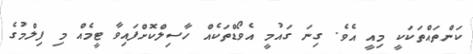
ކަންތައްތަކަކީ މިއީ އެވެ. ގިނަ ގައުމީ އެވޯޑްތަކެއް ހާސިލްކޮށްފައިވާ ޓީމެއް މި ފިލްމުގެ